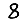
Digit: 8